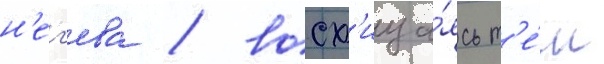
н'ег'ева / восх'ища́ясь т'е́м